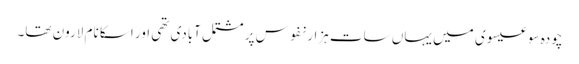
چودہ سو عیسوی میں یہاں سات ہزار نفوس پر مشتمل آبادی تھی اور اسکا نام لارون تھا۔